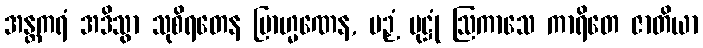
အန္တကရံ အဒိသွာ သုစိရတေန ဗြာဟ္မဏေန, ပဉှံ ပုဋ္ဌုံ ဩကာသေ ကာရိတေ ဇာတိယာ